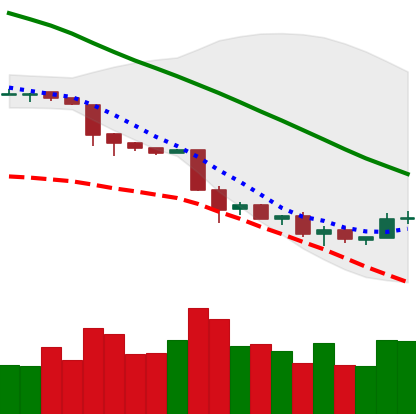
Ticker: NEO-USD
Chart end date: 2018-11-29
Forward return: -9.821%
Label: down_7plus